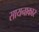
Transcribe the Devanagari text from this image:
सायनाकार